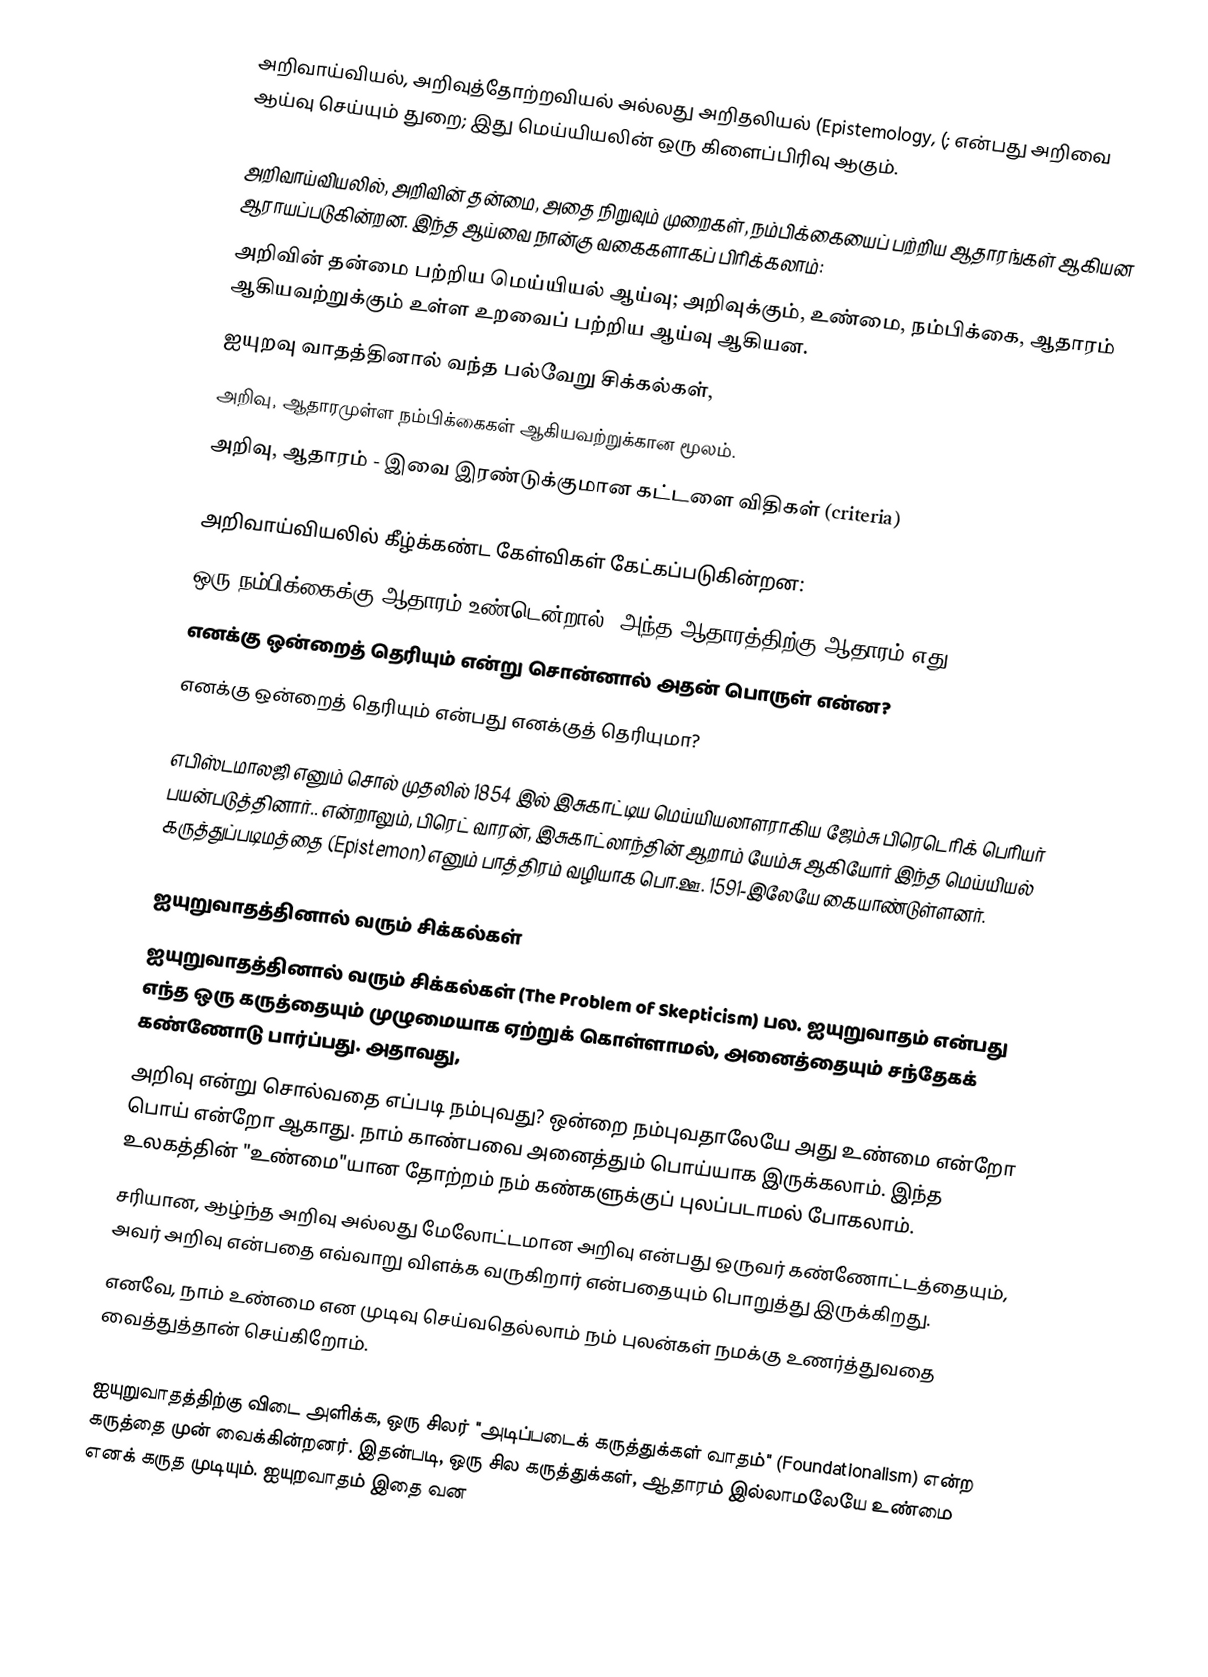
அறிவாய்வியல், அறிவுத்தோற்றவியல் அல்லது அறிதலியல் (Epistemology, (; என்பது அறிவை ஆய்வு  செய்யும் துறை; இது மெய்யியலின் ஒரு கிளைப்பிரிவு ஆகும்.

அறிவாய்வியலில், அறிவின் தன்மை, அதை நிறுவும் முறைகள், நம்பிக்கையைப் பற்றிய ஆதாரங்கள் ஆகியன ஆராயப்படுகின்றன. இந்த ஆய்வை நான்கு வகைகளாகப் பிரிக்கலாம்:
 அறிவின் தன்மை பற்றிய மெய்யியல் ஆய்வு; அறிவுக்கும், உண்மை, நம்பிக்கை, ஆதாரம் ஆகியவற்றுக்கும் உள்ள உறவைப்  பற்றிய ஆய்வு ஆகியன.
 ஐயுறவு வாதத்தினால் வந்த பல்வேறு சிக்கல்கள்,
 அறிவு, ஆதாரமுள்ள நம்பிக்கைகள் ஆகியவற்றுக்கான மூலம்.
 அறிவு, ஆதாரம் -  இவை இரண்டுக்குமான கட்டளை விதிகள் (criteria)

அறிவாய்வியலில் கீழ்க்கண்ட கேள்விகள் கேட்கப்படுகின்றன:
 ஒரு நம்பிக்கைக்கு ஆதாரம் உண்டென்றால், அந்த ஆதாரத்திற்கு ஆதாரம் எது?
 எனக்கு ஒன்றைத் தெரியும் என்று சொன்னால் அதன் பொருள் என்ன?
 எனக்கு ஒன்றைத் தெரியும் என்பது   எனக்குத் தெரியுமா?

எபிஸ்டமாலஜி எனும் சொல் முதலில் 1854 இல் இசுகாட்டிய மெய்யியலாளராகிய ஜேம்சு பிரெடெரிக் பெரியர் பயன்படுத்தினார்.. என்றாலும், பிரெட் வாரன், இசுகாட்லாந்தின் ஆறாம் யேம்சு ஆகியோர் இந்த மெய்யியல் கருத்துப்படிமத்தை (Epistemon) எனும் பாத்திரம் வழியாக பொ.ஊ. 1591-இலேயே கையாண்டுள்ளனர்.

ஐயுறுவாதத்தினால் வரும் சிக்கல்கள்
ஐயுறுவாதத்தினால் வரும் சிக்கல்கள் (The Problem of Skepticism) பல.  ஐயுறுவாதம் என்பது எந்த ஒரு கருத்தையும்  முழுமையாக ஏற்றுக் கொள்ளாமல்,  அனைத்தையும்  சந்தேகக் கண்ணோடு பார்ப்பது. அதாவது,
அறிவு  என்று சொல்வதை எப்படி நம்புவது? ஒன்றை  நம்புவதாலேயே அது உண்மை என்றோ பொய் என்றோ ஆகாது. நாம் காண்பவை அனைத்தும் பொய்யாக இருக்கலாம்.  இந்த உலகத்தின் "உண்மை"யான தோற்றம் நம் கண்களுக்குப் புலப்படாமல் போகலாம்.
சரியான, ஆழ்ந்த  அறிவு  அல்லது மேலோட்டமான அறிவு என்பது ஒருவர் கண்ணோட்டத்தையும், அவர் அறிவு என்பதை எவ்வாறு விளக்க வருகிறார் என்பதையும் பொறுத்து இருக்கிறது.
எனவே, நாம் உண்மை என முடிவு செய்வதெல்லாம்  நம் புலன்கள் நமக்கு உணர்த்துவதை வைத்துத்தான்  செய்கிறோம்.

ஐயுறுவாதத்திற்கு   விடை அளிக்க, ஒரு சிலர் "அடிப்படைக் கருத்துக்கள் வாதம்" (Foundationalism) என்ற  கருத்தை முன் வைக்கின்றனர்.  இதன்படி,  ஒரு சில கருத்துக்கள், ஆதாரம் இல்லாமலேயே உண்மை எனக்  கருத முடியும்.   ஐயுறவாதம் இதை வன